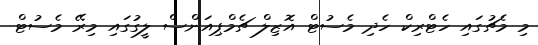
މި މެޗުގައި ހެޓްރިކް ހެދި މެސުޓް އޮޒިލް ޗެމްޕިއަންސް ލީގުގައި މިރޭ މެސުޓް